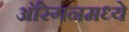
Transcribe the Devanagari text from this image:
ऑरेगनमध्ये